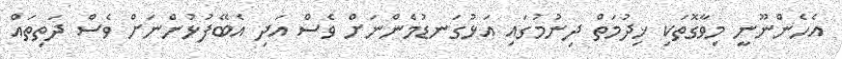
އެހެންނޫނީ މިވާގޮތަކި ޚިދުމަތް ދިނުމުގައި އަޅުގަނޑުމެންނަށް ވެސް އަދި އެބޭފުޅުންނަށް ވެސް ދަތިތައް